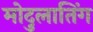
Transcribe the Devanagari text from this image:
मोदुलातिंग